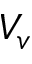
V _ { v }